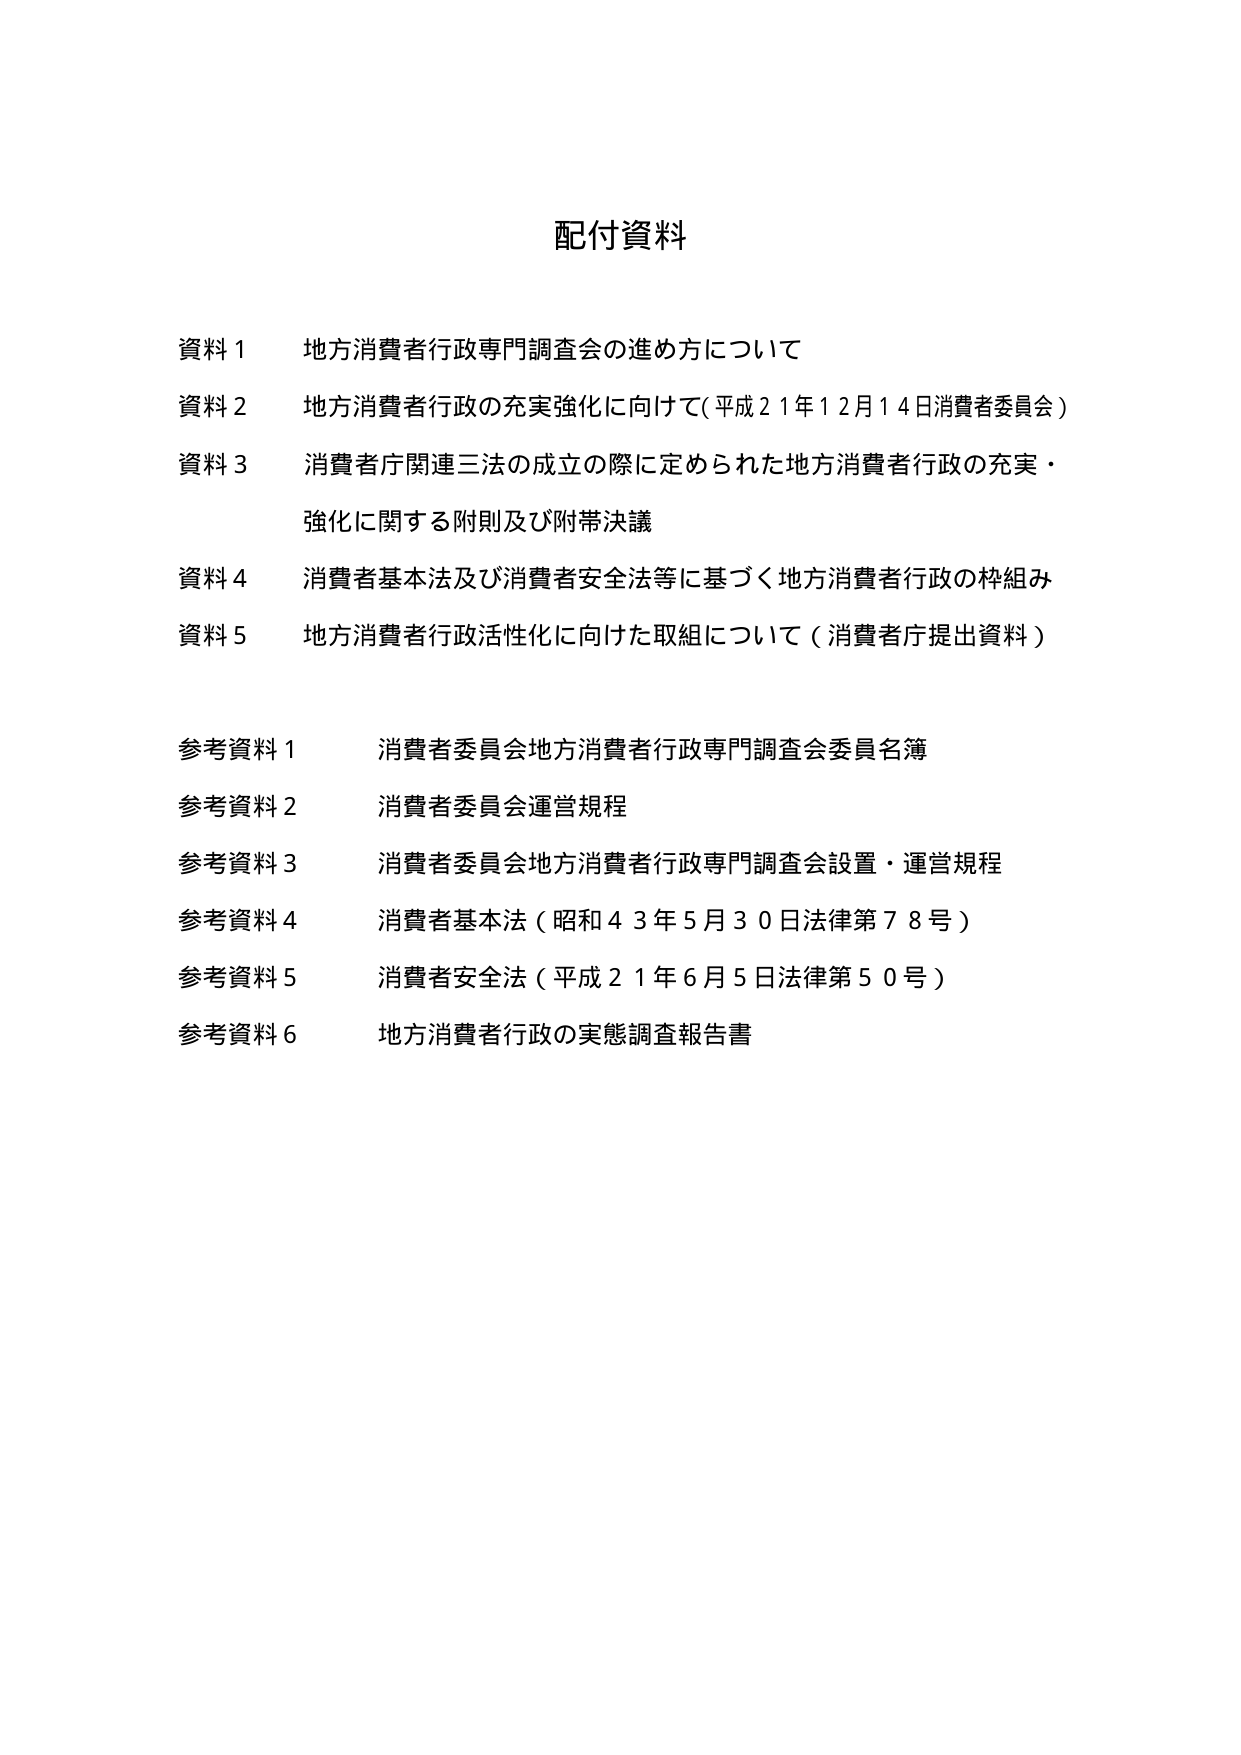
配付資料

資料１　地方消費者行政専門調査会の進め方について
資料２　地方消費者行政の充実強化に向けて（平成２１年１２月１４日消費者委員会）
資料３　消費者庁関連三法の成立の際に定められた地方消費者行政の充実・
　　　強化に関する附則及び附帯決議
資料４　消費者基本法及び消費者安全法等に基づく地方消費者行政の枠組み
資料５　地方消費者行政活性化に向けた取組について（消費者庁提出資料）

参考資料１　消費者委員会地方消費者行政専門調査会委員名簿
参考資料２　消費者委員会運営規程
参考資料３　消費者委員会地方消費者行政専門調査会設置・運営規程
参考資料４　消費者基本法（昭和４３年５月３０日法律第７８号）
参考資料５　消費者安全法（平成２１年６月５日法律第５０号）
参考資料６　地方消費者行政の実態調査報告書